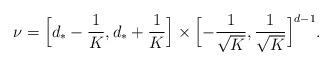
LaTeX: \begin{align*}\nu = \Bigl[ d_* - \frac1K, d_* + \frac1K \Bigr] \times \Bigl[-\frac1{\sqrt{K}}, \frac{1}{\sqrt{K}}\Bigr]^{d-1}. \end{align*}